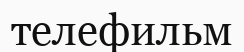
телефильм